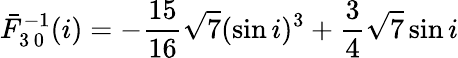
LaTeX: \bar{F}_{3\, 0}^{-1}(i)=-\frac{15}{16}\sqrt{7}(\sin i)^{3}+\frac{3}{4}\sqrt{7}\sin i